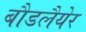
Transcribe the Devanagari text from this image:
बौडलैयेर